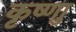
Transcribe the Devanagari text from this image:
कृष्णाु